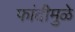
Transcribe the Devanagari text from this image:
फांदीमुळे